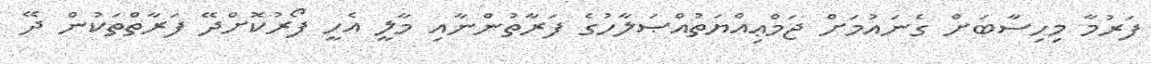
ފަރުމާ މިހިސާބަށް ގެނައުމަށް ޖަމްޢިއްޔަތުއްޞަލާހުގެ ފަރާތުންނާއި މާލީ އެހީ ފޯރުކޮށްދޭ ފަރާތްތަކުން ދޭ